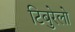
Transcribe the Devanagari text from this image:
टिबुरेलो